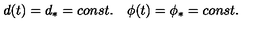
d ( t ) = d _ { \ast } = c o n s t . \quad \phi ( t ) = \phi _ { \ast } = c o n s t .